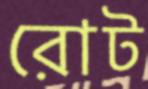
রোট